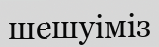
шешуіміз